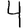
Digit: 4